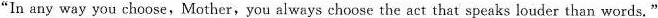
"In any way you choose, Mother,you always choose the act that speaks louder than words."